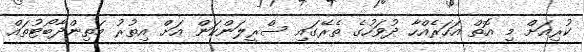
ކުރިއަށް މި އޮތް އަހަރެއްހާ ދުވަހުގެ ތެރޭގައި ސްރީލަންކަން އަށް އިތުރު މަތިންދާބޯޓުތައް